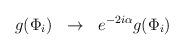
LaTeX: \begin{align*}g({\Phi}_{i})\hspace{0.1in}\rightarrow\hspace{0.1in} e^{-2i\alpha}g({\Phi}_{i})\end{align*}